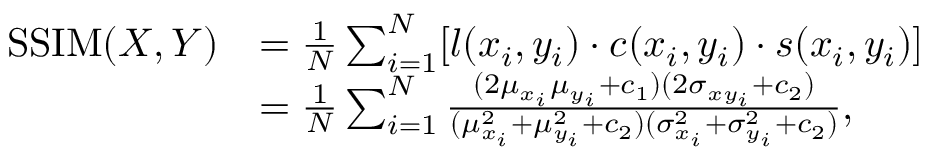
\begin{array} { r l } { \mathrm { S S I M } ( X , Y ) } & { = \frac { 1 } { N } \sum _ { i = 1 } ^ { N } [ l ( x _ { i } , y _ { i } ) \cdot c ( x _ { i } , y _ { i } ) \cdot s ( x _ { i } , y _ { i } ) ] } \\ & { = \frac { 1 } { N } \sum _ { i = 1 } ^ { N } \frac { ( 2 \mu _ { x _ { i } } \mu _ { y _ { i } } + c _ { 1 } ) ( 2 \sigma _ { x y _ { i } } + c _ { 2 } ) } { ( \mu _ { x _ { i } } ^ { 2 } + \mu _ { y _ { i } } ^ { 2 } + c _ { 2 } ) ( \sigma _ { x _ { i } } ^ { 2 } + \sigma _ { y _ { i } } ^ { 2 } + c _ { 2 } ) } , } \end{array}